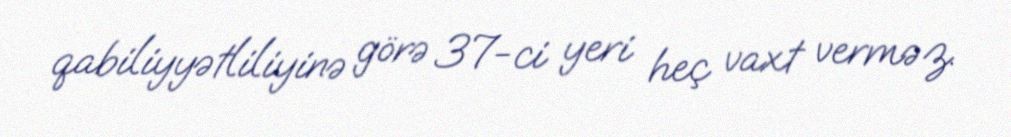
qabiliyyətliliyinə görə 37-ci yeri heç vaxt verməz.